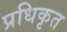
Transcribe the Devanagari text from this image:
प्रधिकृत